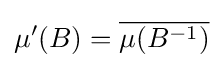
\mu '(B)={\overline {\mu (B^{-1})}}